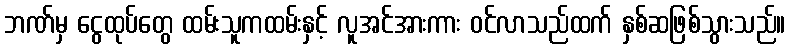
ဘဏ်မှ ငွေထုပ်တွေ ထမ်းသူကထမ်းနှင့် လူအင်အားကား ဝင်လာသည်ထက် နှစ်ဆဖြစ်သွားသည်။